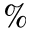
\%